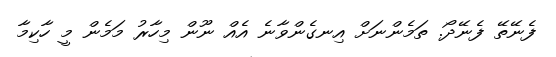
ފެނޭތޭ ފެނޭދޯ. ތަމެންނަށް އިނގެންވާނެ އެއް ނޫން މިހާރު މަމެން މީ ހާކިމާ